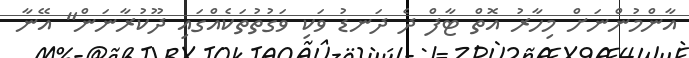
އާންމުންނަށް މިހާރު އޮތް ޓާފް ދެ ދަނޑު ވަކި ވަގުތުތަކެއްގައި ދޫކުރާނަން" އޭނާ